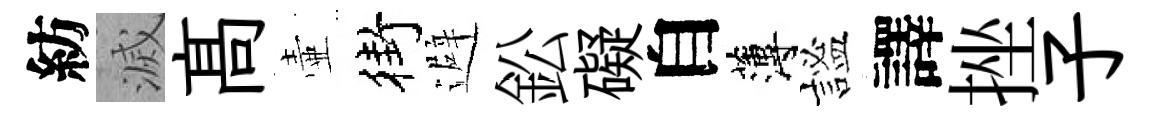
紡滅髙壷街避鈆礙自薄謐譯挫子